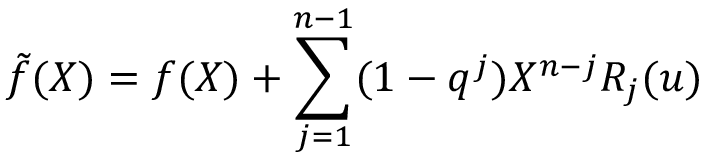
\tilde { f } ( X ) = f ( X ) + \sum _ { j = 1 } ^ { n - 1 } ( 1 - q ^ { j } ) X ^ { n - j } R _ { j } ( u )